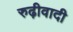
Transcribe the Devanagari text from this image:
रुढ़ीवादी